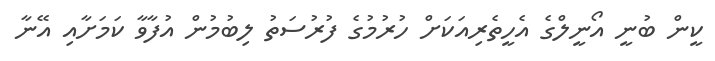
ކީން ބުނީ އޯނީލްގެ އެހީތެރިއަކަށް ހުރުމުގެ ފުރުސަތު ލިބުމުން އުފާވާ ކަމަށާއި އޭނާ